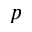
p